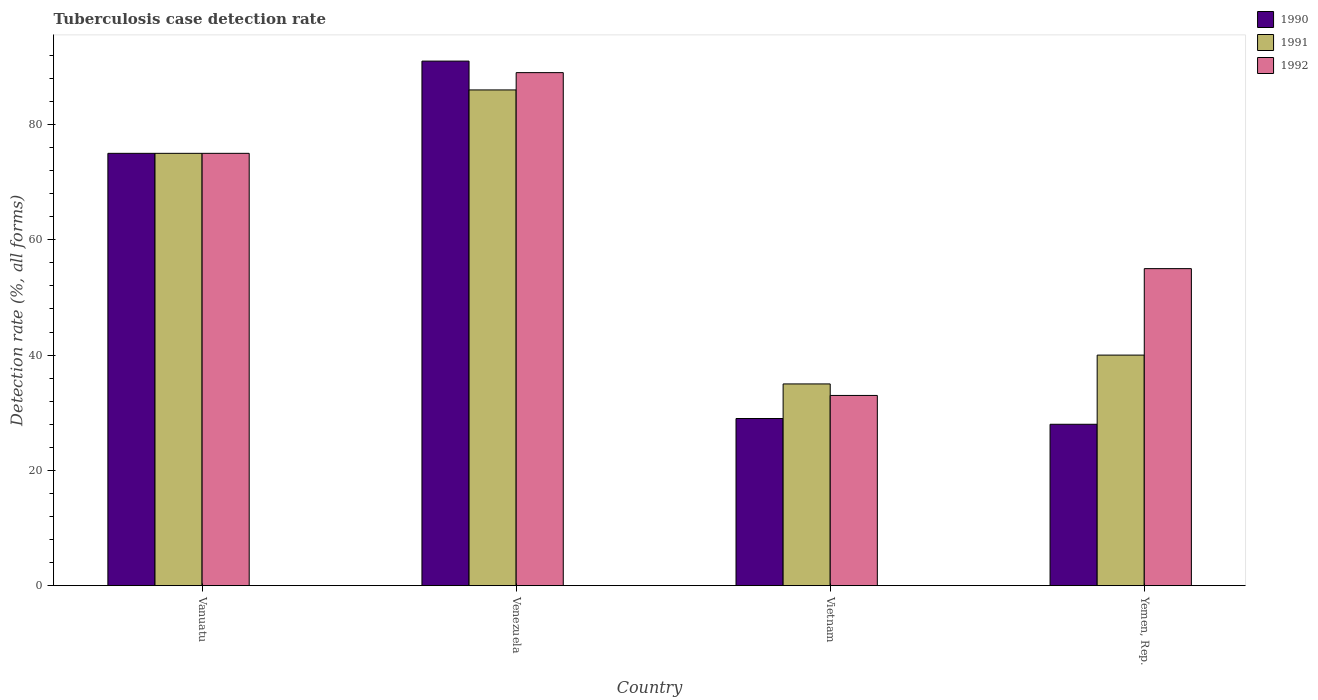
| Country | 1990 | 1991 | 1992 |
 | --- | --- | --- | --- |
 | Vanuatu | 75 | 75 | 75 |
 | Venezuela | 91 | 86 | 89 |
 | Vietnam | 29 | 35 | 33 |
 | Yemen, Rep. | 28 | 40 | 55 |